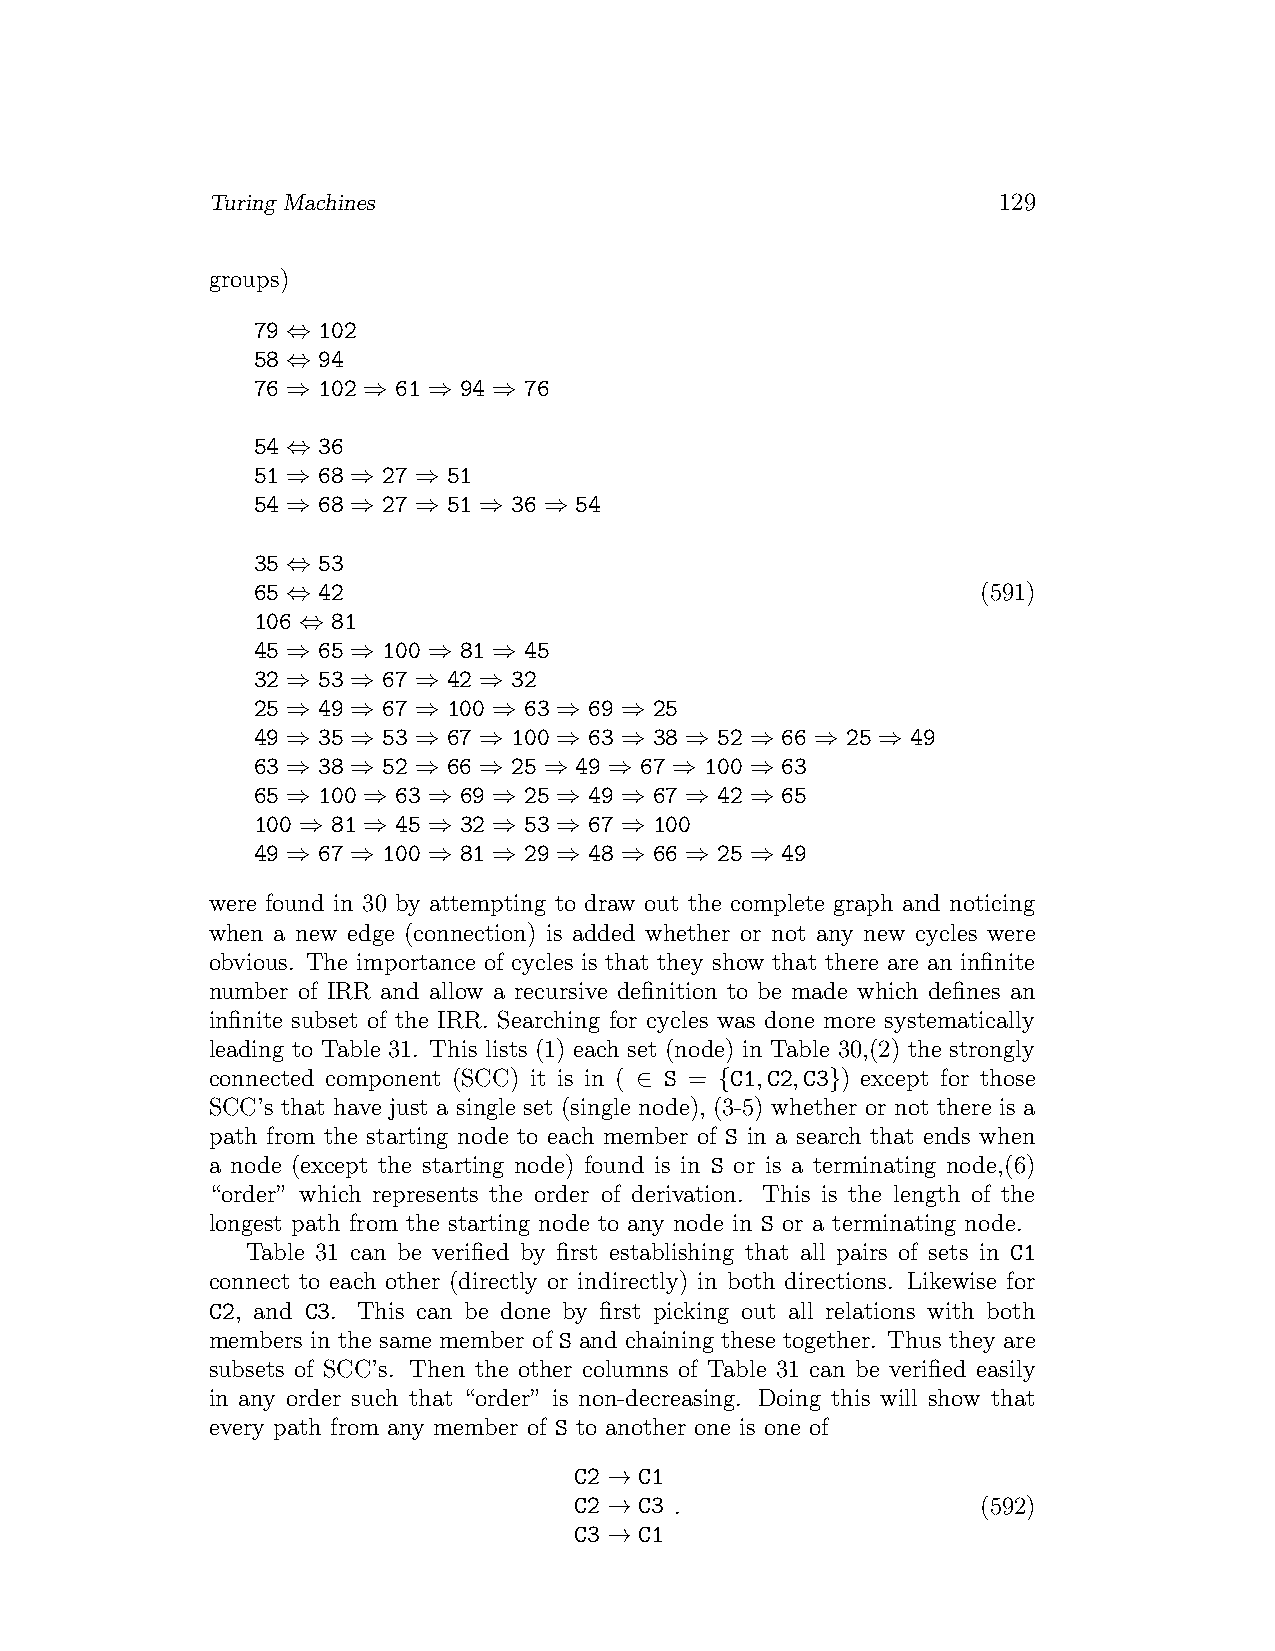
Turing Machines                                     129
 groups)
 79 ⇔ 102
 58 ⇔ 94
 76 ⇒ 102 ⇒ 61 ⇒ 94 ⇒ 76
 54 ⇔ 36
 51 ⇒ 68 ⇒ 27 ⇒ 51
 54 ⇒ 68 ⇒ 27 ⇒ 51 ⇒ 36 ⇒ 54
 35 ⇔ 53
 65 ⇔ 42                                         (591)
 106 ⇔ 81
 45 ⇒ 65 ⇒ 100 ⇒ 81 ⇒ 45
 32 ⇒ 53 ⇒ 67 ⇒ 42 ⇒ 32
 25 ⇒ 49 ⇒ 67 ⇒ 100 ⇒ 63 ⇒ 69 ⇒ 25
 49 ⇒ 35 ⇒ 53 ⇒ 67 ⇒ 100 ⇒ 63 ⇒ 38 ⇒ 52 ⇒ 66 ⇒ 25 ⇒ 49
 63 ⇒ 38 ⇒ 52 ⇒ 66 ⇒ 25 ⇒ 49 ⇒ 67 ⇒ 100 ⇒ 63
 65 ⇒ 100 ⇒ 63 ⇒ 69 ⇒ 25 ⇒ 49 ⇒ 67 ⇒ 42 ⇒ 65
 100 ⇒ 81 ⇒ 45 ⇒ 32 ⇒ 53 ⇒ 67 ⇒ 100
 49 ⇒ 67 ⇒ 100 ⇒ 81 ⇒ 29 ⇒ 48 ⇒ 66 ⇒ 25 ⇒ 49
 were found in 30 by attempting to draw out the complete graph and noticing
 when a new edge (connection) is added whether or not any new cycles were
 obvious. The importance of cycles is that they show that there are an infinite
 number of IRR and allow a recursive definition to be made which defines an
 infinite subset of the IRR. Searching for cycles was done more systematically
 leading to Table 31. This lists (1) each set (node) in Table 30,(2) the strongly
 connected component (SCC) it is in ( ∈ S = {C1,C2,C3}) except for those
 SCC’s that have just a single set (single node), (3-5) whether or not there is a
 path from the starting node to each member of S in a search that ends when
 a node (except the starting node) found is in S or is a terminating node,(6)
 “order” which represents the order of derivation. This is the length of the
 longest path from the starting node to any node in S or a terminating node.
 Table 31 can be verified by first establishing that all pairs of sets in C1
 connect to each other (directly or indirectly) in both directions. Likewise for
 C2, and C3. This can be done by first picking out all relations with both
 members in the same member of S and chaining these together. Thus they are
 subsets of SCC’s. Then the other columns of Table 31 can be verified easily
 in any order such that “order” is non-decreasing. Doing this will show that
 every path from any member of S to another one is one of
 C2 → C1
 C2 → C3 .                  (592)
 C3 → C1